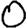
Digit: 0